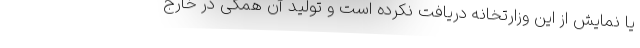
یا نمایش از این وزارتخانه دریافت نکرده است و تولید آن همگی در خارج